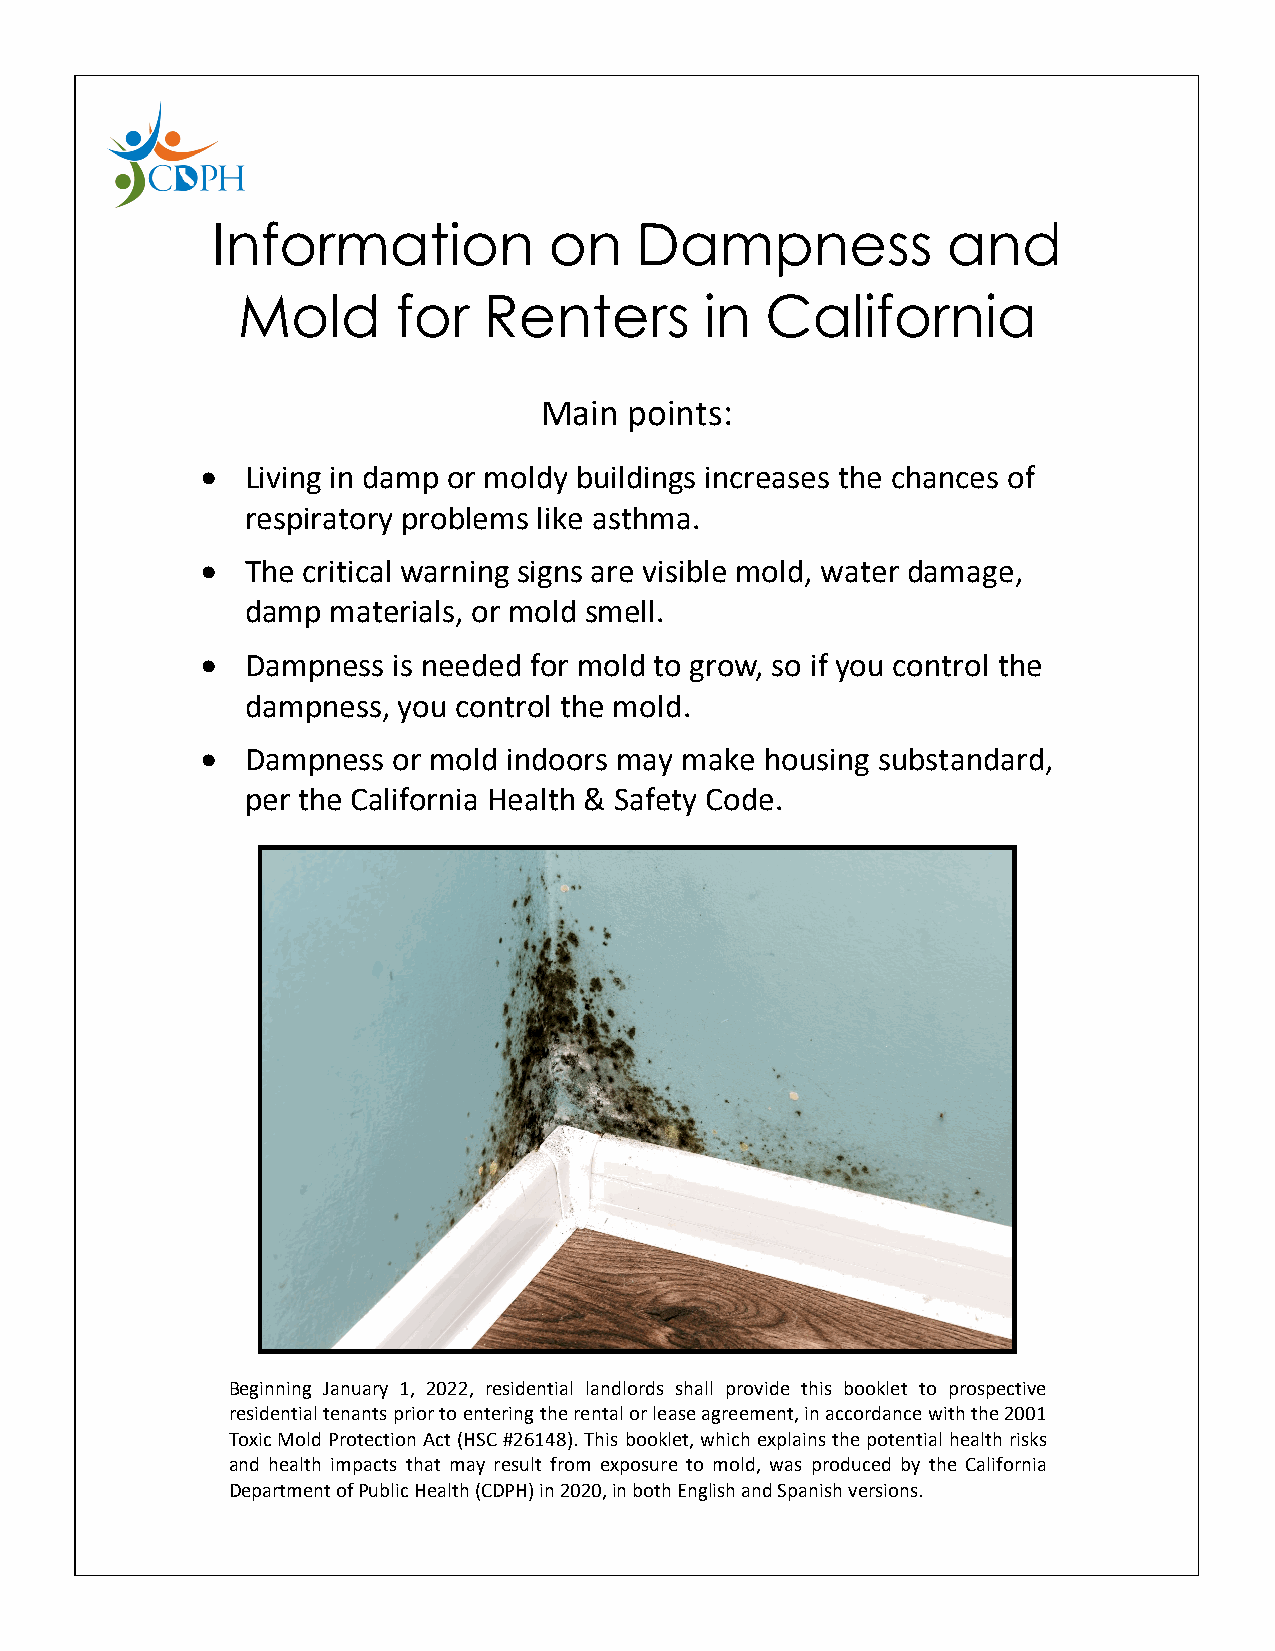
Information           on    Dampness             and
 Mold      for   Renters        in  California
 Main  points:
 •  Living in damp or moldy buildings increases the chances of
 respiratory problems like asthma.
 •  The critical warning signs are visible mold, water damage,
 damp  materials, or mold smell.
 •  Dampness  is needed for mold to grow, so if you control the
 dampness, you control the mold.
 •  Dampness  or mold indoors may make housing substandard,
 per the California Health & Safety Code.
 Beginning January 1, 2022, residential landlords shall provide this booklet to prospective
 residential tenants prior to entering the rental or lease agreement, in accordance with the 2001
 Toxic Mold Protection Act (HSC #26148). This booklet, which explains the potential health risks
 and health impacts that may result from exposure to mold, was produced by the California
 Department of Public Health (CDPH) in 2020, in both English and Spanish versions.